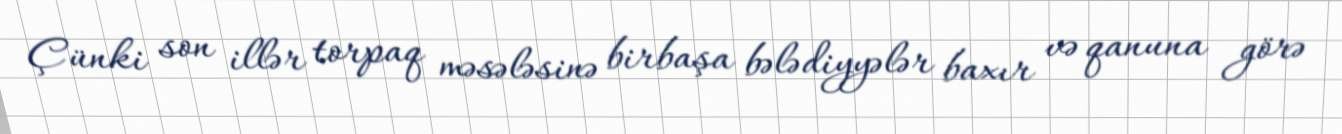
Çünki son illər torpaq məsələsinə birbaşa bələdiyyələr baxır və qanuna görə